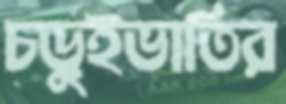
চড়ুইভাতির